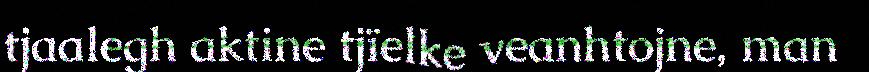
tjaalegh aktine tjïelke veanhtojne, man